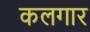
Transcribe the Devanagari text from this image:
कलगार